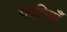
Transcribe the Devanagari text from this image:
गंदगियाँ